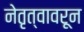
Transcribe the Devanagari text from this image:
नेतृत्वावरून